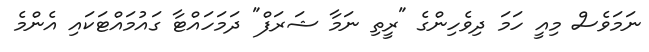
ނަމަވެސް މިއީ ހަމަ ދިވެހިންގެ "ރީތި ނަމާ ޝަރަފް" ދަމަހައްޓާ ގައުމައްޓަކައި އެންމެ